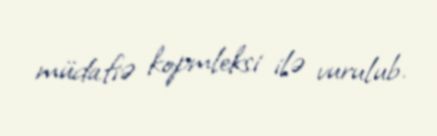
müdafiə kopmleksi ilə vurulub.